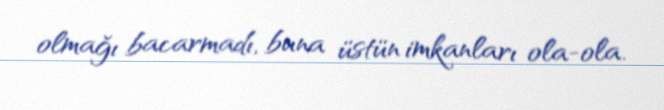
olmağı bacarmadı, buna üstün imkanları ola-ola.